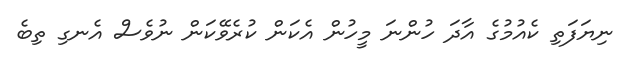
ނިޔަފަތި ކެއުމުގެ އާދަ ހުންނަ މީހުން އެކަން ކުރެވޭކަން ނުވެސް އެނގި ތިބެ